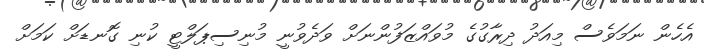
އެހެން ނަމަވެސް މިއަދު ދިރާގުގެ މުވައްޒަފުންނަށް ވަދެވުނީ މުނިސިޕަލްޓީ ކުނި ގޮނޑަށް ކަމަށް